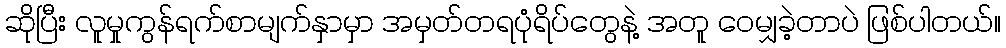
ဆိုပြီး လူမှုကွန်ရက်စာမျက်နှာမှာ အမှတ်တရပုံရိပ်တွေနဲ့ အတူ ဝေမျှခဲ့တာပဲ ဖြစ်ပါတယ်။